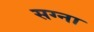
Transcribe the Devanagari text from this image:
सग्ना